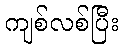
ကျစ်လစ်ပြီး